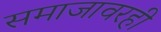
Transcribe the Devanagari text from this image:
समाजावरही